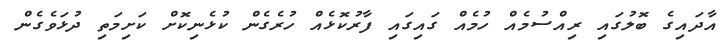
އާދައިގެ ބޮލުގައި ރިއްސުމެއް ހުމެއް ގައިގައި ފާރުކޮޅެއް ހުރެގެން ކުޅެނިކޮށް ކަށިމަތި ދުޅަވެގެން